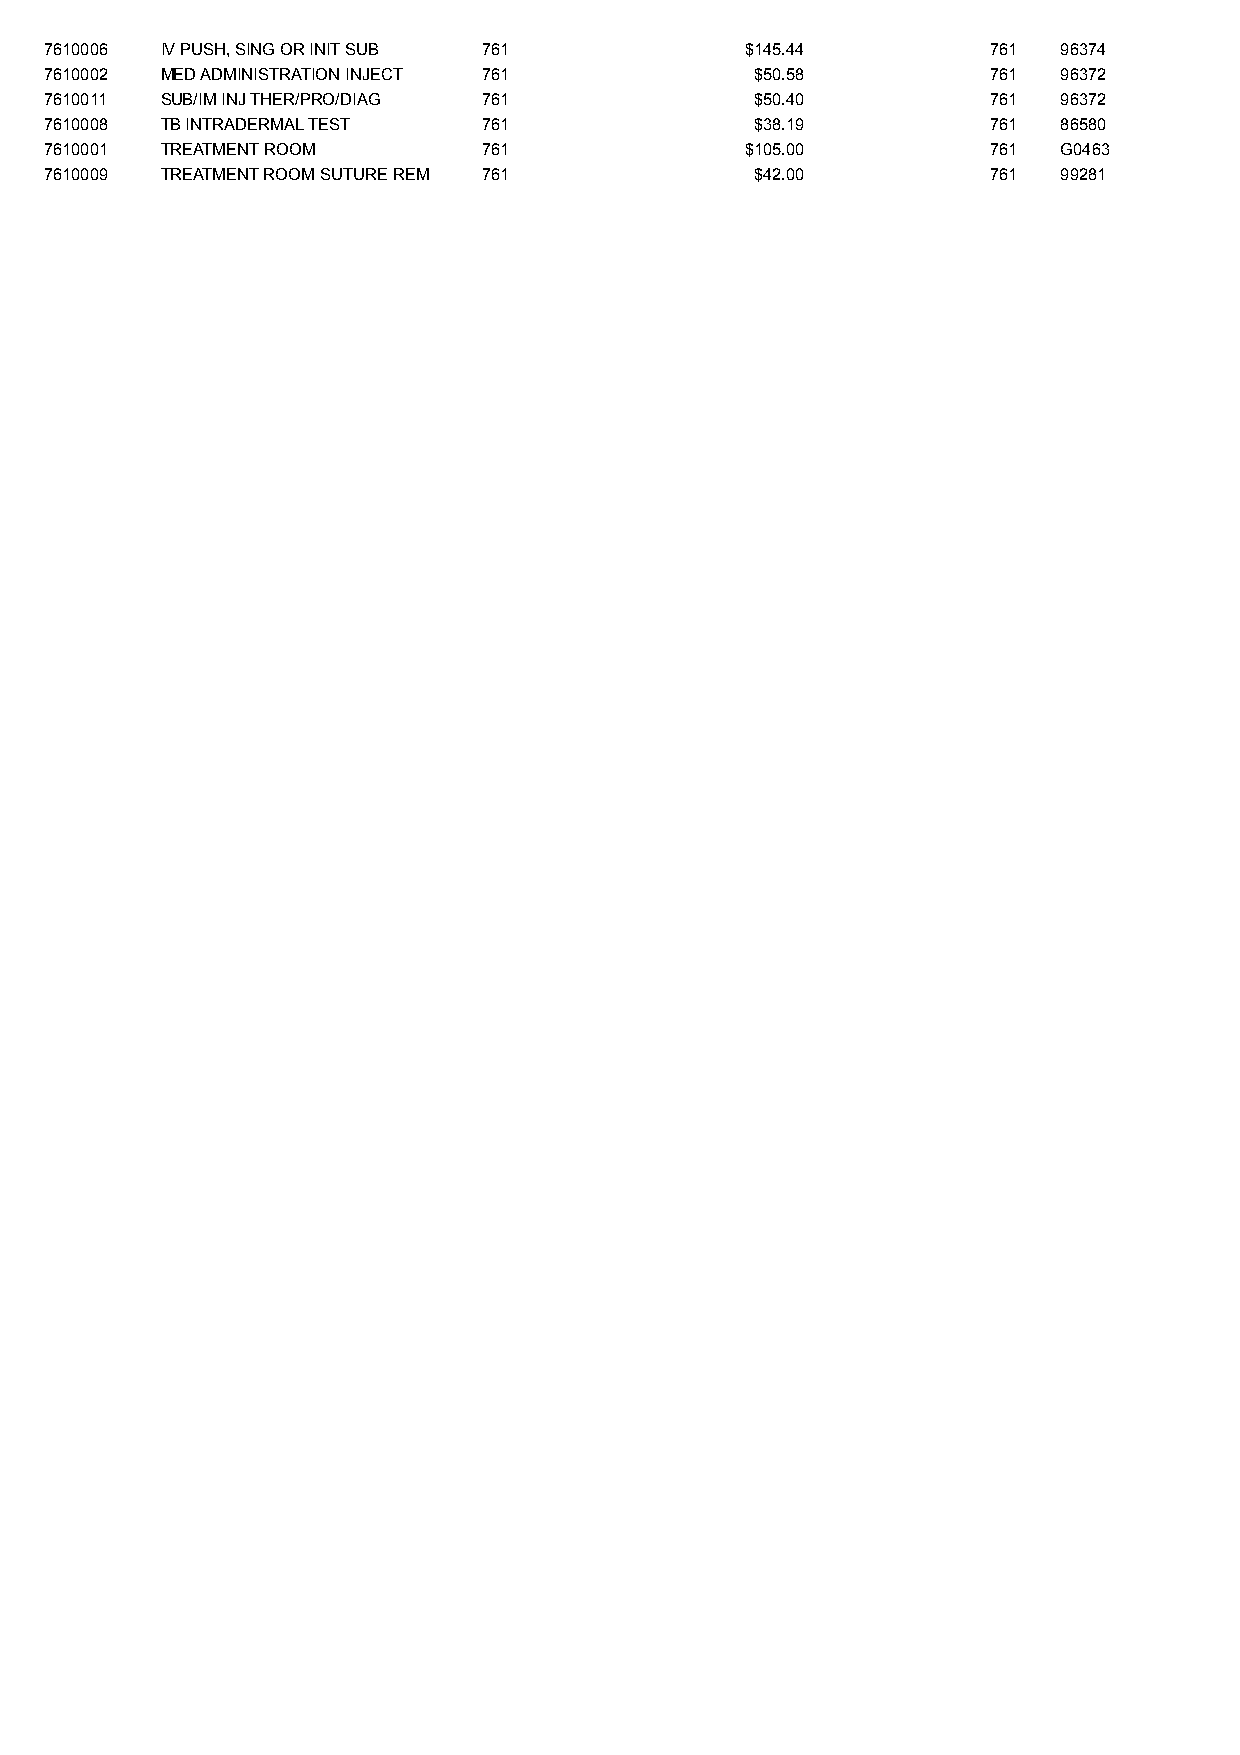
7610006 IV PUSH, SING OR INIT SUB 761         $145.44          761 96374
 7610002 MED ADMINISTRATION INJECT 761          $50.58          761 96372
 7610011 SUB/IM INJ THER/PRO/DIAG 761           $50.40          761 96372
 7610008 TB INTRADERMAL TEST  761               $38.19          761 86580
 7610001 TREATMENT ROOM       761              $105.00          761 G0463
 7610009 TREATMENT ROOM SUTURE REM 761          $42.00          761 99281